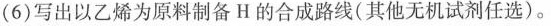
(6)写出以乙烯为原料制备H的合成路线(其他无机试剂任选)。